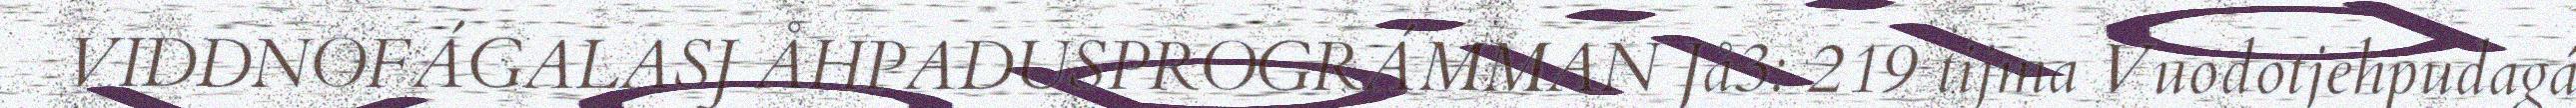
VIDDNOFÁGALASJ ÅHPADUSPROGRÁMMAN Jå3: 219 tijma Vuodotjehpudagá